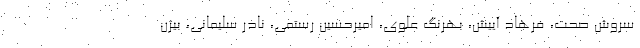
سروش صحت، فرهاد آییش، بهرنگ علوی، امیرحسین رستمی، نادر سلیمانی، بیژن